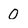
Character: 0